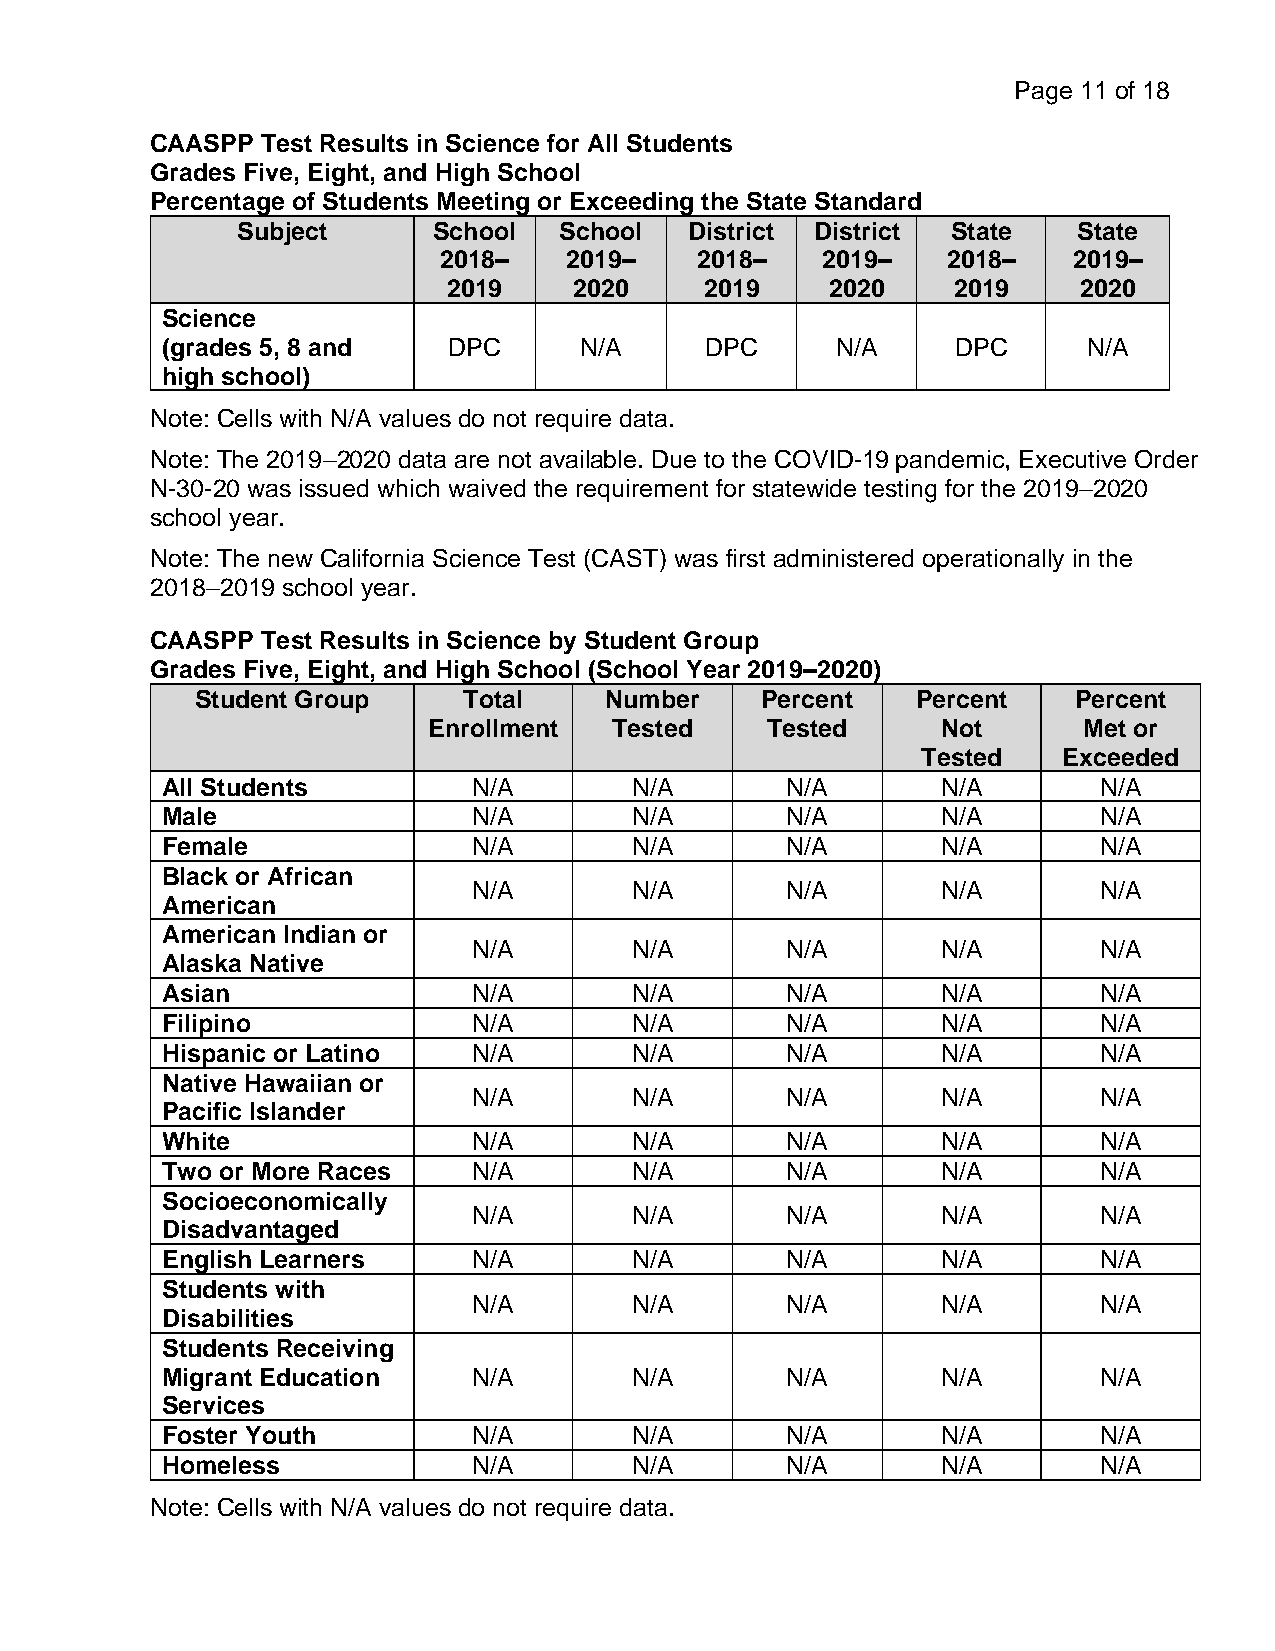
Page 11 of 18
 CAASPP Test Results in Science for All Students
 Grades Five, Eight, and High School
 Percentage of Students Meeting or Exceeding the State Standard
 Subject      School  School   District District State  State
 2018–   2019–    2018–   2019–    2018–   2019–
 2019    2020     2019    2020    2019     2020
 Science
 (grades 5, 8 and   DPC     N/A      DPC     N/A     DPC      N/A
 high school)
 Note: Cells with N/A values do not require data.
 Note: The 2019–2020 data are not available. Due to the COVID-19 pandemic, Executive Order
 N-30-20 was issued which waived the requirement for statewide testing for the 2019–2020
 school year.
 Note: The new California Science Test (CAST) was first administered operationally in the
 2018–2019 school year.
 CAASPP Test Results in Science by Student Group
 Grades Five, Eight, and High School (School Year 2019–2020)
 Student Group     Total    Number    Percent    Percent   Percent
 Enrollment   Tested    Tested     Not       Met or
 Tested   Exceeded
 All Students        N/A        N/A       N/A       N/A        N/A
 Male                N/A        N/A       N/A       N/A        N/A
 Female              N/A        N/A       N/A       N/A        N/A
 Black or African
 N/A        N/A       N/A       N/A        N/A
 American
 American Indian or
 N/A        N/A       N/A       N/A        N/A
 Alaska Native
 Asian               N/A        N/A       N/A       N/A        N/A
 Filipino            N/A        N/A       N/A       N/A        N/A
 Hispanic or Latino  N/A        N/A       N/A       N/A        N/A
 Native Hawaiian or
 N/A        N/A       N/A       N/A        N/A
 Pacific Islander
 White               N/A        N/A       N/A       N/A        N/A
 Two or More Races   N/A        N/A       N/A       N/A        N/A
 Socioeconomically
 N/A        N/A       N/A       N/A        N/A
 Disadvantaged
 English Learners    N/A        N/A       N/A       N/A        N/A
 Students with
 N/A        N/A       N/A       N/A        N/A
 Disabilities
 Students Receiving
 Migrant Education   N/A        N/A       N/A       N/A        N/A
 Services
 Foster Youth        N/A        N/A       N/A       N/A        N/A
 Homeless            N/A        N/A       N/A       N/A        N/A
 Note: Cells with N/A values do not require data.